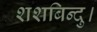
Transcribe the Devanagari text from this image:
शशबिन्दु।